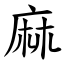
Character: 麻